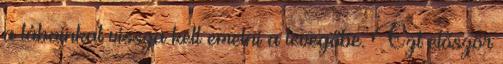
a lábainkat vissza kell emelni a levegőbe. Ezt először